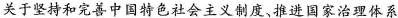
关于坚持和完善中国特色社会主义制度、推进国家治理体系